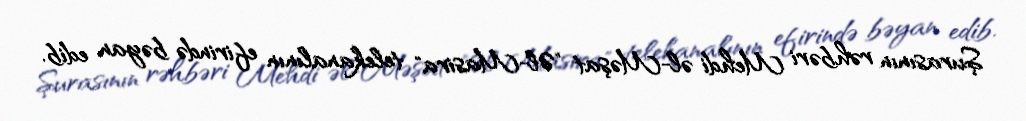
Şurasının rəhbəri Mehdi əl-Məşat "Əl-Masira" telekanalının efirində bəyan edib.